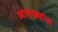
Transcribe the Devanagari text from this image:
आंतड्यांना